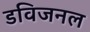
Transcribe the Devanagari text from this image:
डविजनल